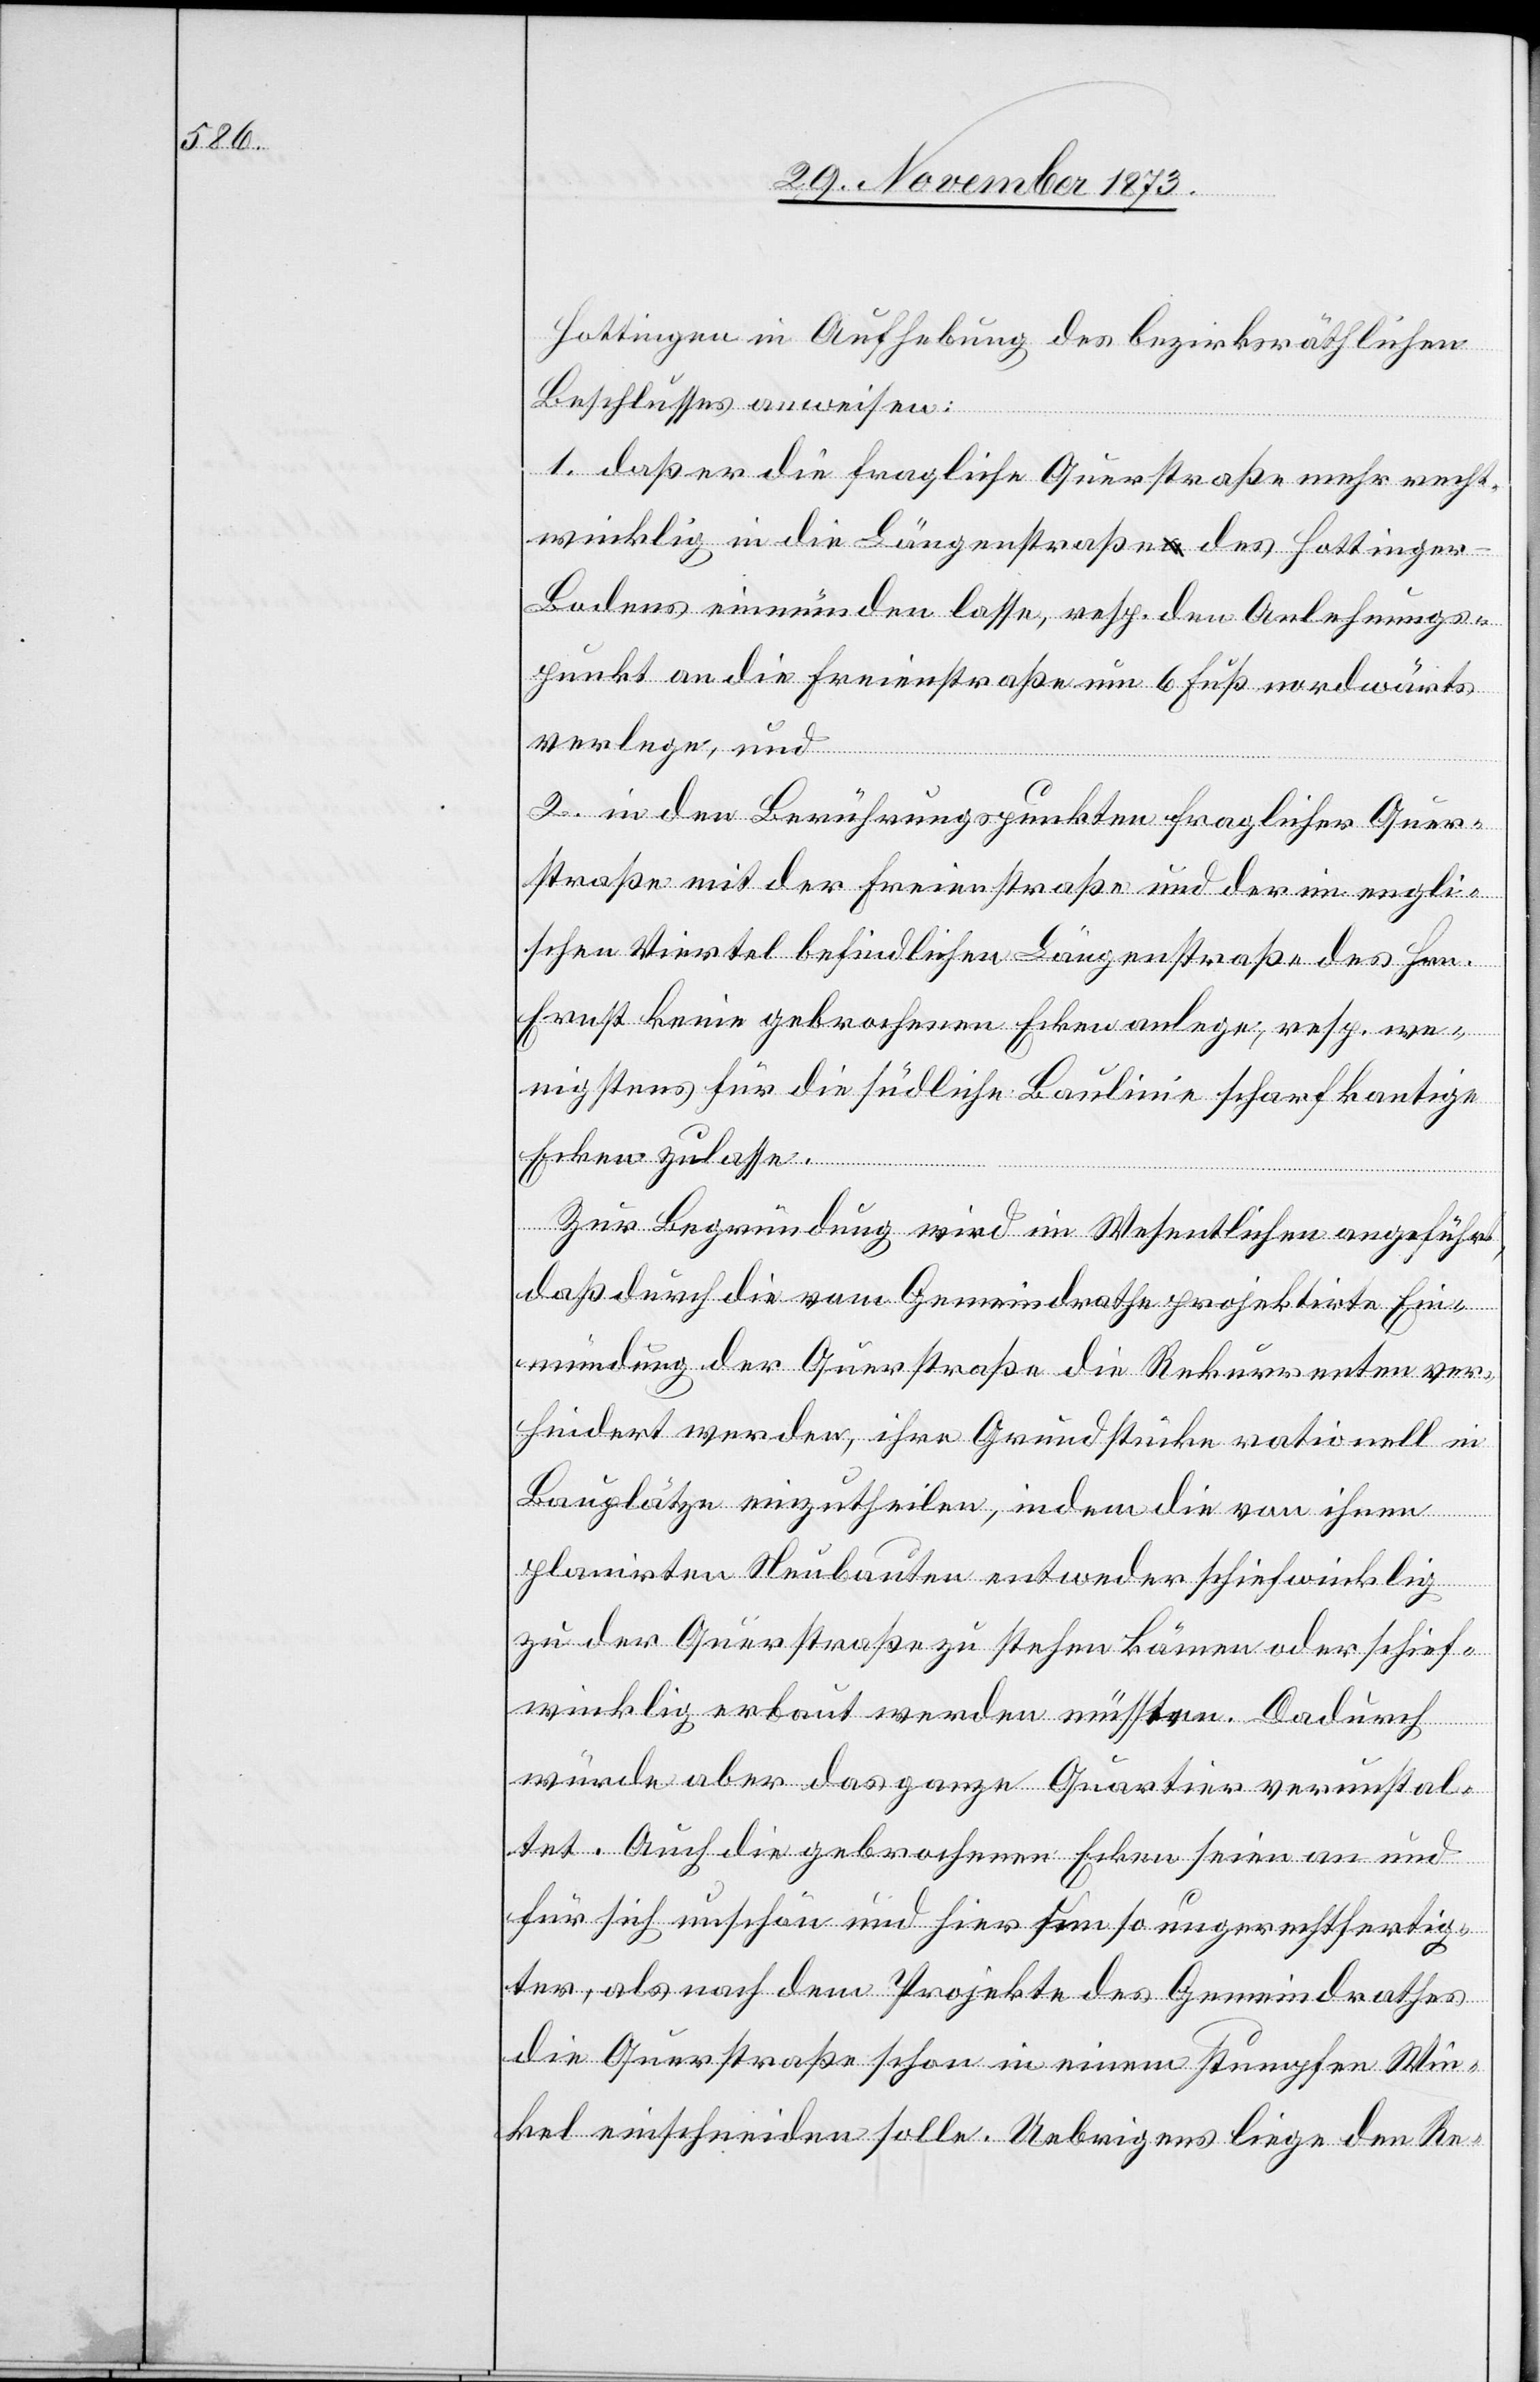
Hottingen in Aufhebung des bezirksräthlichen
Beschlusses anweisen:
1. daß er die fragliche Querstraße mehr recht¬
winklig in die Längenstraße des Hottinge¬
r-Bodens einmünden lasse, resp. den Anlehnungs¬
punkt an die Freienstraße um 6 Fuß nordwärts
verlege, und
2. in den Berührungspunkten fraglicher Quer¬
straße mit der Freienstraße und der im engli¬
schen Viertel befindlichen Längenstraße des Hrn.
Ernst keine gebrochenen Ecken anlege, resp. we¬
nigstens für die südliche Baulinie scharfkantige
Ecken zulasse.
Zur Begründung wird im Wesentlichen angeführt,
daß durch die vom Gemeindrathe projektirte Ein¬
mündung der Querstraße die Rekurrenten ver¬
hindert werden, ihre Grundstücke rationell in
Bauplätze einzutheilen, indem die von ihnen
planirten Neubauten entweder schiefwinklig
zu der Querstraße zu stehen kämen oder schief¬
winklig erbaut werden müssten. Dadurch
würde aber das ganze Quartier verunstal¬
tet. Auch die gebrochenen Ecken seien an und
für sich unschön und hier um so ungerechtfertig¬
ter, als nach dem Projekte des Gemeindrathes
die Querstraße schon in einem stumpfen Win¬
kel einschneiden solle. Uebrigens liege den Re-